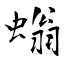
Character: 螉